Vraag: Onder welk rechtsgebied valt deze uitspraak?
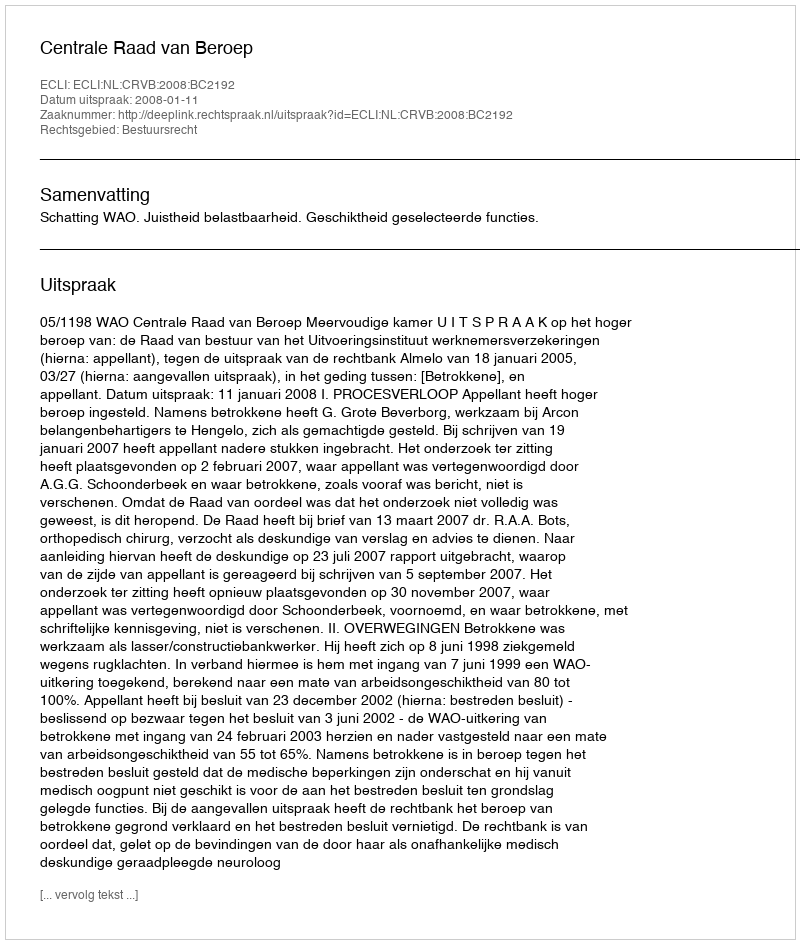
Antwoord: Bestuursrecht